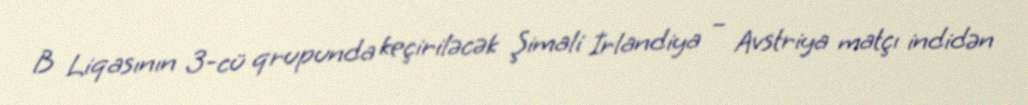
B Liqasının 3-cü qrupunda keçiriləcək Şimali İrlandiya – Avstriya matçı indidən